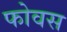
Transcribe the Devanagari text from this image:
फोवस